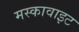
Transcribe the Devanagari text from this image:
मस्कावाइट